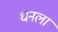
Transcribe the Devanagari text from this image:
धनला